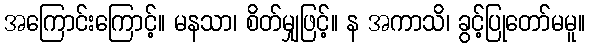
အကြောင်းကြောင့်။ မနသာ၊ စိတ်မျှဖြင့်။ န အကာသိ၊ ခွင့်ပြုတော်မမူ။